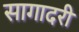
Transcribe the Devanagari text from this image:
सागादरी